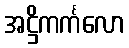
အဋ္ဌိကင်္ကလော